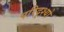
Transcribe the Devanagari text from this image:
परिदृश्‍यो